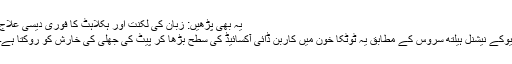
یہ بھی پڑھیں: زبان کی لکنت اور ہکلاہٹ کا فوری دیسی علاج
یوکے نیشنل ہیلتھ سروس کے مطابق یہ ٹوٹکا خون میں کاربن ڈائی آکسائیڈ کی سطح بڑھا کر پیٹ کی جھلی کی خارش کو روکتا ہے۔